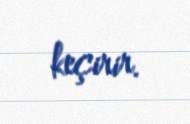
keçirir.